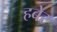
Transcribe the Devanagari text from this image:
हबेर